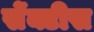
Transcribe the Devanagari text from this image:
सेंक्टीस